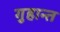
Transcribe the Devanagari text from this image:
गुहान्त